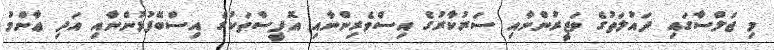
މި ޖަލްސާގައި ދައުލަތުގެ ވަޒީރުންނާއި ސަރުކާރުގެ އިސްވެރިންނާއި އޮފީސްތަކުގެ އިސްބޭފުޅުންނާއި އަދި ޢާންމު